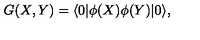
G ( X , Y ) = \langle 0 | \phi ( X ) \phi ( Y ) | 0 \rangle ,